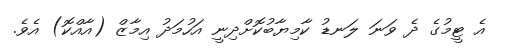
އެ ޓީމުގެ ދެ ވަނަ ލަނޑު ކާމިޔާބުކޮށްދިނީ އަހުމަދު އިމާޒް (އާއްކޮ) އެވެ.